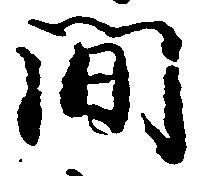
間